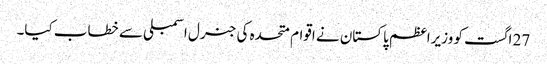
27 اگست کو وزیراعظم پاکستان نے اقوام متحدہ کی جنرل اسمبلی سے خطاب کیا۔